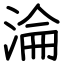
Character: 淪